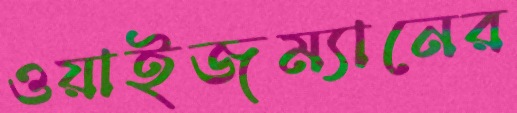
ওয়াইজম্যানের